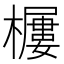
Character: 𱤫